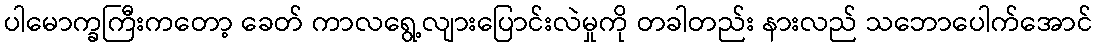
ပါမောက္ခကြီးကတော့ ခေတ် ကာလရွေ့လျားပြောင်းလဲမှုကို တခါတည်း နားလည် သဘောပေါက်အောင်